Lunatic asylums Punjab 1895-1910 - 1895-1910
Year: 1895
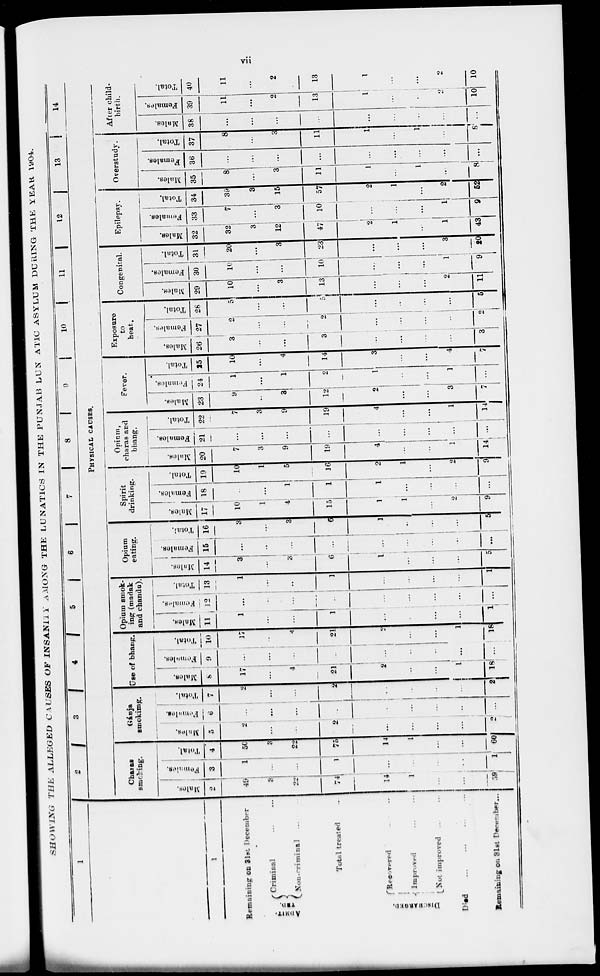
vii
SHOWING
THE ALLEGED
CAUSES OF INSANITY AMONG THE LUNATICS IN THE PUNJAB LUNATIC ASYLUM DURING THE YEAR 1904.
1
1
Remaining on 31st December
ADMIT.
TED.
Criminal
...
...
Non-criminal ... ...
Total treated ...
DISCHARGED.
Recovered ... ...
Improved ... ...
Not improved ... ...
Died ... ... ... ... ... ...
Remainining on 31st December ...
2
3
4
5
6
7
8
9
10
11
12
13
14
PHYSICAL CAUSES.
Charas
smoking.
Males.
2
49
3
22
74
14
1
...
...
59
Females.
3
1
...
1
...
...
...
...
1
Total.
4
50
3
22
75
14
1
...
...
60
Gánja
smoking.
Males.
5
2
...
...
2
...
...
...
...
2
Females.
6
...
...
...
...
...
...
...
...
...
Total.
7
2
...
...
2
...
...
...
...
2
Use of bhang.
Males.
8
17
...
4
21
2
...
...
1
18
Females.
9
...
...
...
...
...
...
...
...
...
Total.
10
17
...
4
21
2
...
...
1
18
Opium smok-
ing (madak
and chando).
Males.
11
1
...
...
1
...
...
...
...
1
Females.
12
...
...
...
...
...
...
...
...
...
Total.
13
1
...
...
1
...
...
...
...
1
Opium
eating.
Males.
14
3
...
3
6
1
...
...
...
5
Females.
15
...
...
...
...
...
...
...
...
...
Total.
16
3
...
3
6
1
...
...
...
5
Spirit
drinking.
Males.
17
10
1
4
15
1
1
...
2
9
Females.
18
...
...
1
1
1
...
...
...
...
Total.
19
10
1
5
16
2
1
...
2
9
Opium,
charas and
bhang.
Males.
20
7
3
9
19
4
...
...
1
14
Females.
21
...
...
...
...
...
...
...
...
...
Total.
22
7
3
9
19
4
...
...
1
14
Fever.
Males.
23
9
3
12
2
...
...
3
7
Females.
24
1
...
1
2
1
...
...
1
...
Total.
25
10
...
4
14
3
...
...
4
7
Exposure
to
heat.
Males.
26
3
...
...
3
...
...
...
...
3
Females.
27
2
...
...
2
...
...
...
...
2
Total.
28
5
...
...
5
...
...
...
...
5
Congenital.
Males.
29
10
...
3
13
...
...
...
2
11
Females.
30
10
...
...
10
...
...
...
1
9
Total.
31
20
...
3
23
...
...
...
3
20
Epilepsy.
Males.
32
32
3
12
47
2
1
...
1
43
Females.
33
7
...
3
10
...
...
...
1
9
Total.
34
39
3
15
57
2
1
...
2
52
Overstudy.
Males.
35
8
...
3
11
1
...
1
...
8
Females.
36
...
...
...
...
...
...
...
...
...
Total.
37
8
...
3
11
1
...
1
...
8
After child-
birth.
Males.
38
...
...
...
...
...
...
...
...
...
Females.
39
11
...
2
13
1
...
...
2
10
Total.
40
11
...
2
18
1
...
...
2
10